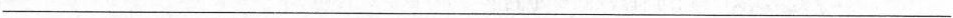
___